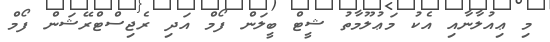
މި ޢިއުލާނާއި އެކު މަޢުލޫމާތު ޝީޓް ބީލަން ފޯމް އަދި ރެޖިސްޓްރޭޝަން ފޯމް